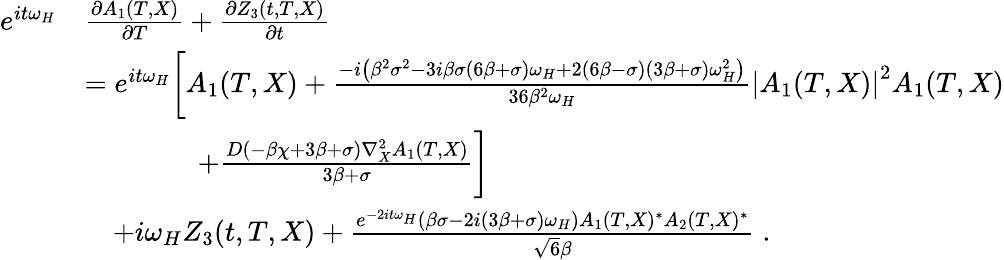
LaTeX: \begin{array}{rl}{e^{it\omega_{H}}}&{\frac{\partial A_{1}(T,X)}{\partial T}+\frac{\partial Z_{3}(t,T,X)}{\partial t}}\\ &{=e^{it\omega_{H}}\bigg[A_{1}(T,X)+\frac{-i\left(\beta^{2}\sigma^{2}-3i\beta\sigma(6\beta+\sigma)\omega_{H}+2(6\beta-\sigma)(3\beta+\sigma)\omega_{H}^{2}\right)}{36\beta^{2}\omega_{H}}\left|A_{1}(T,X)\right|^{2}A_{1}(T,X)}\\ &{\qquad\qquad+\frac{D(-\beta\chi+3\beta+\sigma)\nabla_{X}^{2}A_{1}(T,X)}{3\beta+\sigma}\bigg]}\\ &{\quad+i\omega_{H}Z_{3}(t,T,X)+\frac{e^{-2it\omega_{H}}\left(\beta\sigma-2i(3\beta+\sigma)\omega_{H}\right)A_{1}(T,X)^{*}A_{2}(T,X)^{*}}{\sqrt{6}\beta}\; .}\end{array}